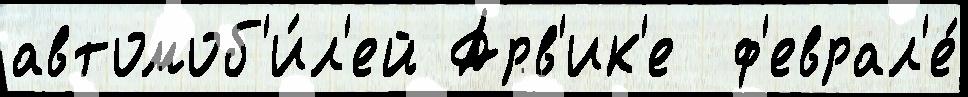
автомоб'и́л'ей Арв'ик'е  ф'еврал'е́